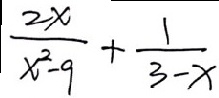
\frac { 2 x } { x ^ { 2 } - 9 } + \frac { 1 } { 3 - x }